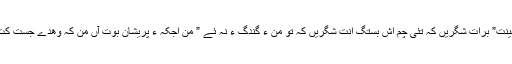
بلے آئی ءِ جُست کنگ ءَ پیسر آئی ءَ ھمے دراھینت” برات شگریں کہ تئی چم اش بستگ اَنت شگریں کہ تو من ءَ گندگ ءَ نہ ئے ” من اجکہ ءُ پریشان بوت آں من کہ وھدے جُست کُت ” گُھار پرچا تو منی چمانی بندگ ءَ وش ئے!